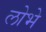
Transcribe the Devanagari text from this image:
लोभे